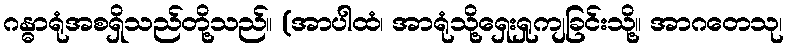
ဂန္ဓာရုံအစရှိသည်တို့သည်။ (အာပါထံ၊ အာရုံသို့ရှေးရှုကျခြင်းသို့။ အာဂတေသု၊